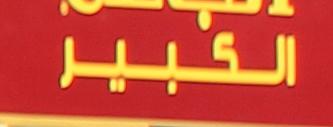
الكبير